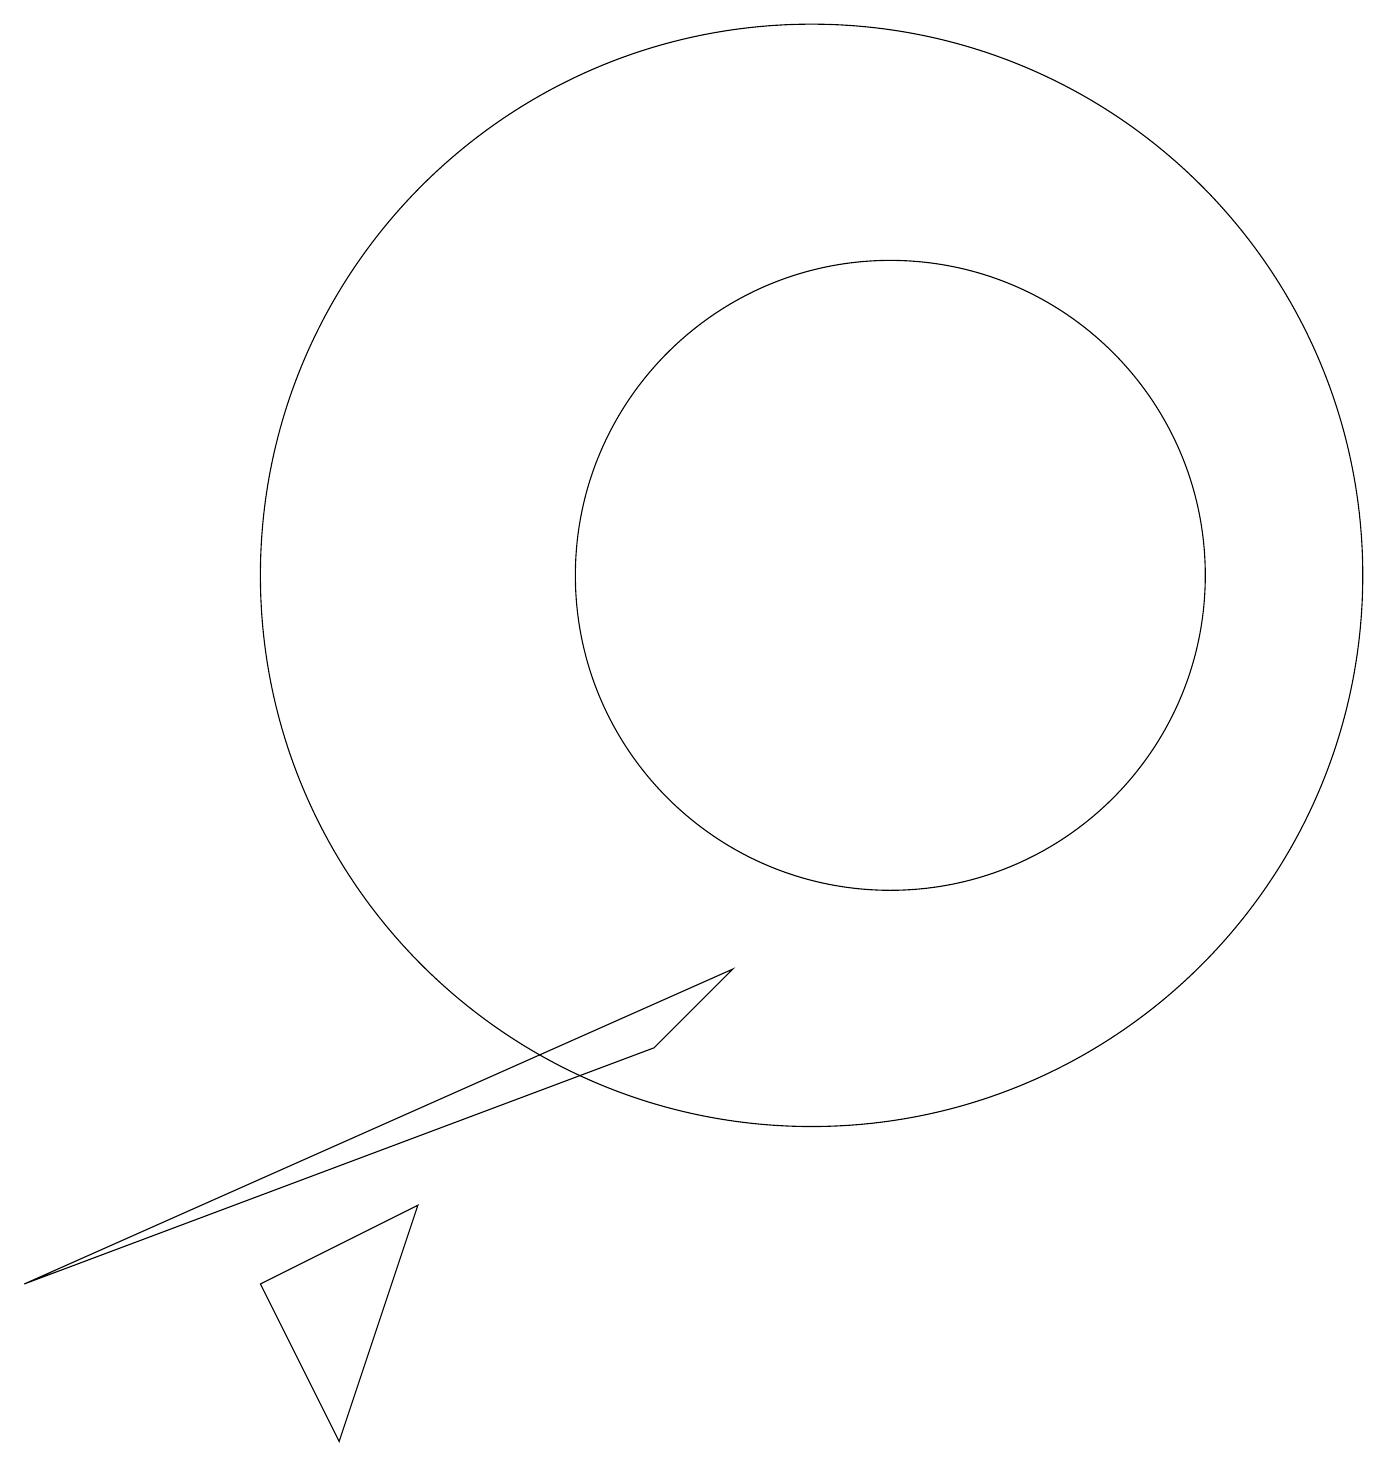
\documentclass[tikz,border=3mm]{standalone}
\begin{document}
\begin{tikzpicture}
\draw (3,2) -- (4,0) -- (5,3) -- cycle;
\draw (10,11) circle (7);
\draw (11,11) circle (4);
\draw (0,2) -- (9,6) -- (8,5) -- cycle;
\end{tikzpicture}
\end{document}